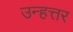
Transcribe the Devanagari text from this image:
उन्हत्तर